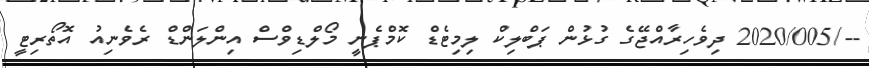
--/2020/005 ދިވެހިރާއްޖޭގެ ގުޅުން ޕަބްލިކް ލިމިޓެޑް ކޮމްޕެނީ މޯލްޑިވްސް އިންލަންޑް ރެވެނިއު އޮތޯރިޓީ